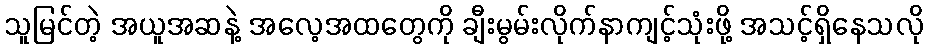
သူမြင်တဲ့ အယူအဆနဲ့ အလေ့အထတွေကို ချီးမွမ်းလိုက်နာကျင့်သုံးဖို့ အသင့်ရှိနေသလို